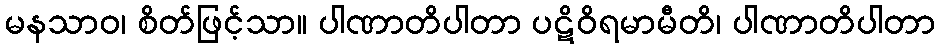
မနသာဝ၊ စိတ်ဖြင့်သာ။ ပါဏာတိပါတာ ပဋိဝိရမာမီတိ၊ ပါဏာတိပါတာ